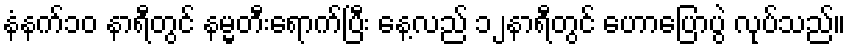
နံနက်၁၀ နာရီတွင် နမ္မတီးရောက်ပြီး နေ့လည် ၁၂နာရီတွင် ဟောပြောပွဲ လုပ်သည်။